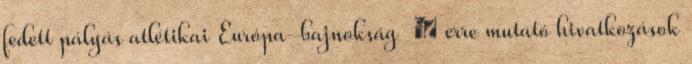
fedett pályás atlétikai Európa-bajnokság ‎ ← erre mutató hivatkozások